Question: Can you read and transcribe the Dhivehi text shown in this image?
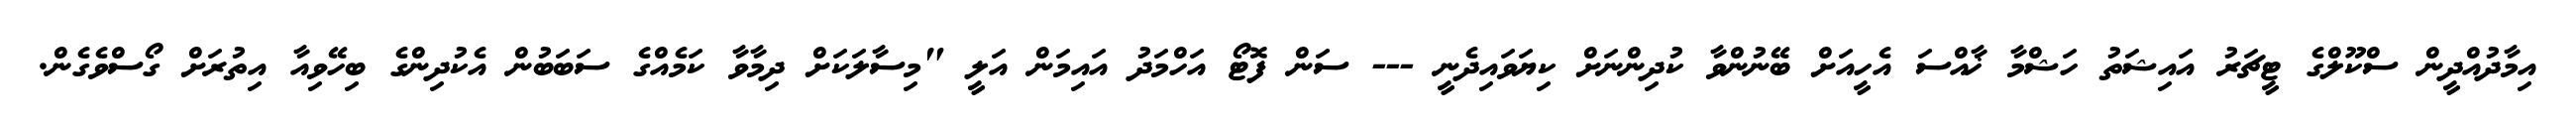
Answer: އިމާދުއްދީން ސްކޫލްގެ ޓީޗަރު އައިޝަތު ހަޝްމާ ޚާއްސަ އެހީއަށް ބޭނުންވާ ކުދިންނަށް ކިޔަވައިދެނީ --- ސަން ފޮޓޯ އަހްމަދު އައިމަން އަލީ "މިސާލަކަށް ދިމާވާ ކަމެއްގެ ސަބަބުން އެކުދިންގެ ބިހޭވިއާ އިތުރަށް ގޯސްވެގެން.